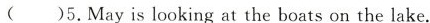
( )5.May is looking at the boats on the lake.